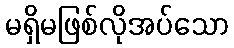
မရှိမဖြစ်လိုအပ်သော